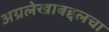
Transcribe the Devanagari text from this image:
अग्रलेखाबद्दलचा